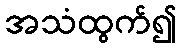
အသံထွက်၍